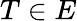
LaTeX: T\in E